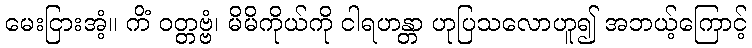
မေးငြားအံ့။ ကိံ ဝတ္တဗ္ဗံ၊ မိမိကိုယ်ကို ငါရဟန္တာ ဟုပြသလောဟူ၍ အဘယ့်ကြောင့်